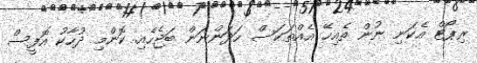
ރިޕޯޓް އެކަނި ނުން ތެއިހޭ އެއްތަކަސް ހަދަންނަން ބަޖެހެއި. ކޮންމި ދުހާކު އޮފީސް